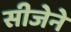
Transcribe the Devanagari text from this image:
सीजेने